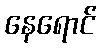
နေရောင်